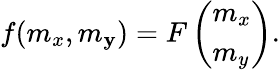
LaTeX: f(m_{x},m_{\mathbf{y}})=F\left(\begin{array}{l}{m_{x}}\\ {m_{y}}\end{array}\right).